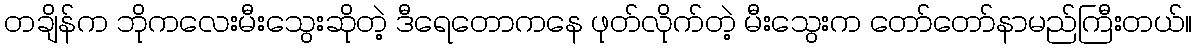
တချိန်က ဘိုကလေးမီးသွေးဆိုတဲ့ ဒီရေတောကနေ ဖုတ်လိုက်တဲ့ မီးသွေးက တော်တော်နာမည်ကြီးတယ်။